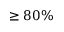
\ge 8 0 \%